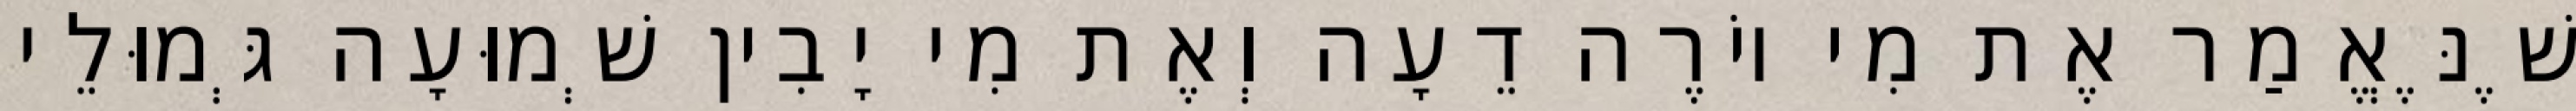
שֶׁנֶּאֱמַר אֶת מִי יוֹרֶה דֵעָה וְאֶת מִי יָבִין שְׁמוּעָה גְּמוּלֵי